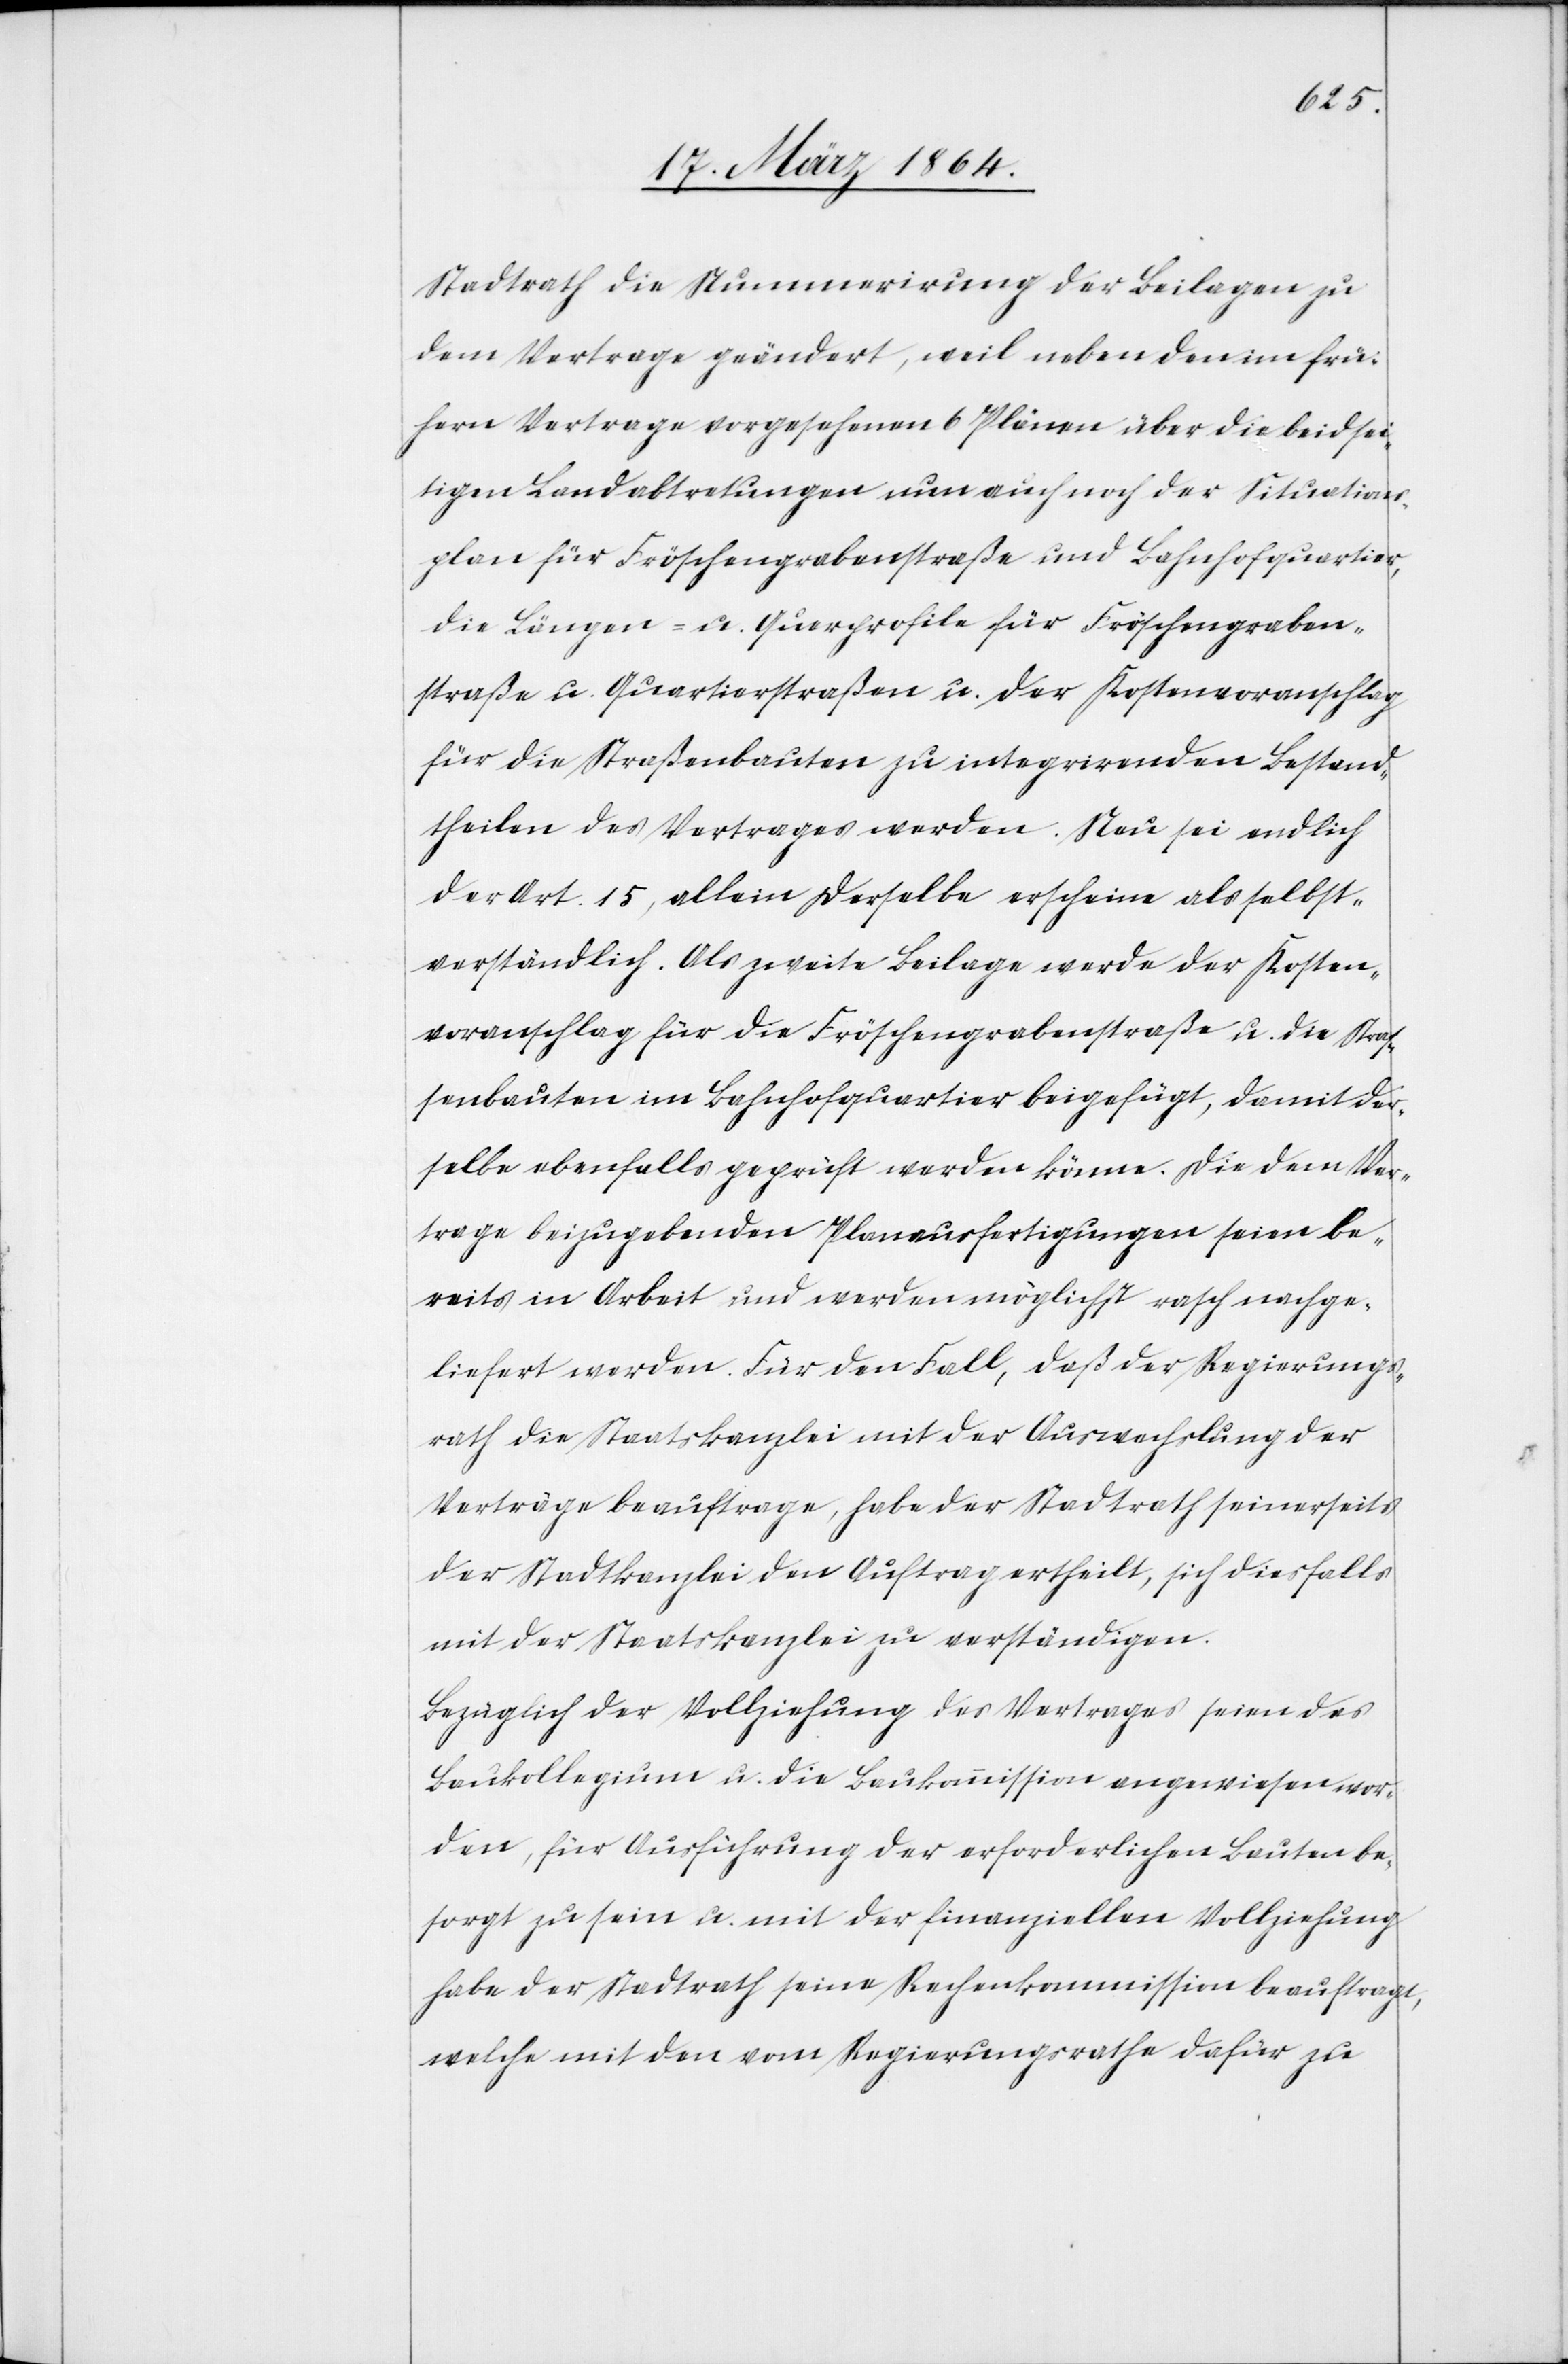
Stadtrath die Nummerirung der Beilagen zu
dem Vertrage geändert, weil neben den im frü¬
hern Vertrage vorgesehnen 6 Plänen über die beidsei¬
tigen Landabtretungen nun auch noch der Situations¬
plan für Fröschengrabenstraße und Bahnhofquartier,
die Längen- u. Querprofile für Fröschengraben¬
straße u. Quartierstraßen u. der Kostenvoranschlag
für die Straßenbauten zu integrirenden Bestand¬
theilen des Vertrages werden. Neu sei endlich
der Art. 15, allein derselbe erscheine als selbst¬
verständlich. Als zweite Beilage werde der Kosten¬
voranschlag für die Fröschengrabenstraße u. die Stras¬
senbauten im Bahnhofquartier beigefügt, damit der¬
selbe ebenfalls geprüft werden könne. Die dem Ver¬
trage beizugebenden Planausfertigungen seien be¬
reits in Arbeit und werden möglichst rasch nachge¬
liefert werden. Für den Fall, daß der Regierungs¬
rath die Staatskanzlei mit der Auswechslung der
Verträge beauftrage, habe der Stadtrath seinerseits
der Stadtkanzlei den Auftrag ertheilt, sich diesfalls
mit der Staatskanzlei zu verständigen.
Bezüglich der Vollziehung des Vertrages seien das
Baukollegium u. die Baukommission angewiesen wor¬
den, für Ausführung der erforderlichen Bauten be¬
sorgt zu sein u. mit der finanziellen Vollziehung
habe der Stadtrath seine Rechenkommission beauftragt,
welche mit den vom Regierungsrathe dafür zu